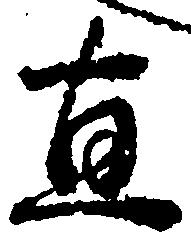
直